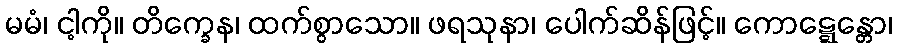
မမံ၊ ငါ့ကို။ တိက္ခေန၊ ထက်စွာသော။ ဖရသုနာ၊ ပေါက်ဆိန်ဖြင့်။ ကောဋ္ဋေန္တော၊